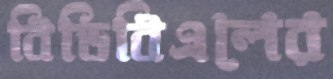
বিডিবিএলের